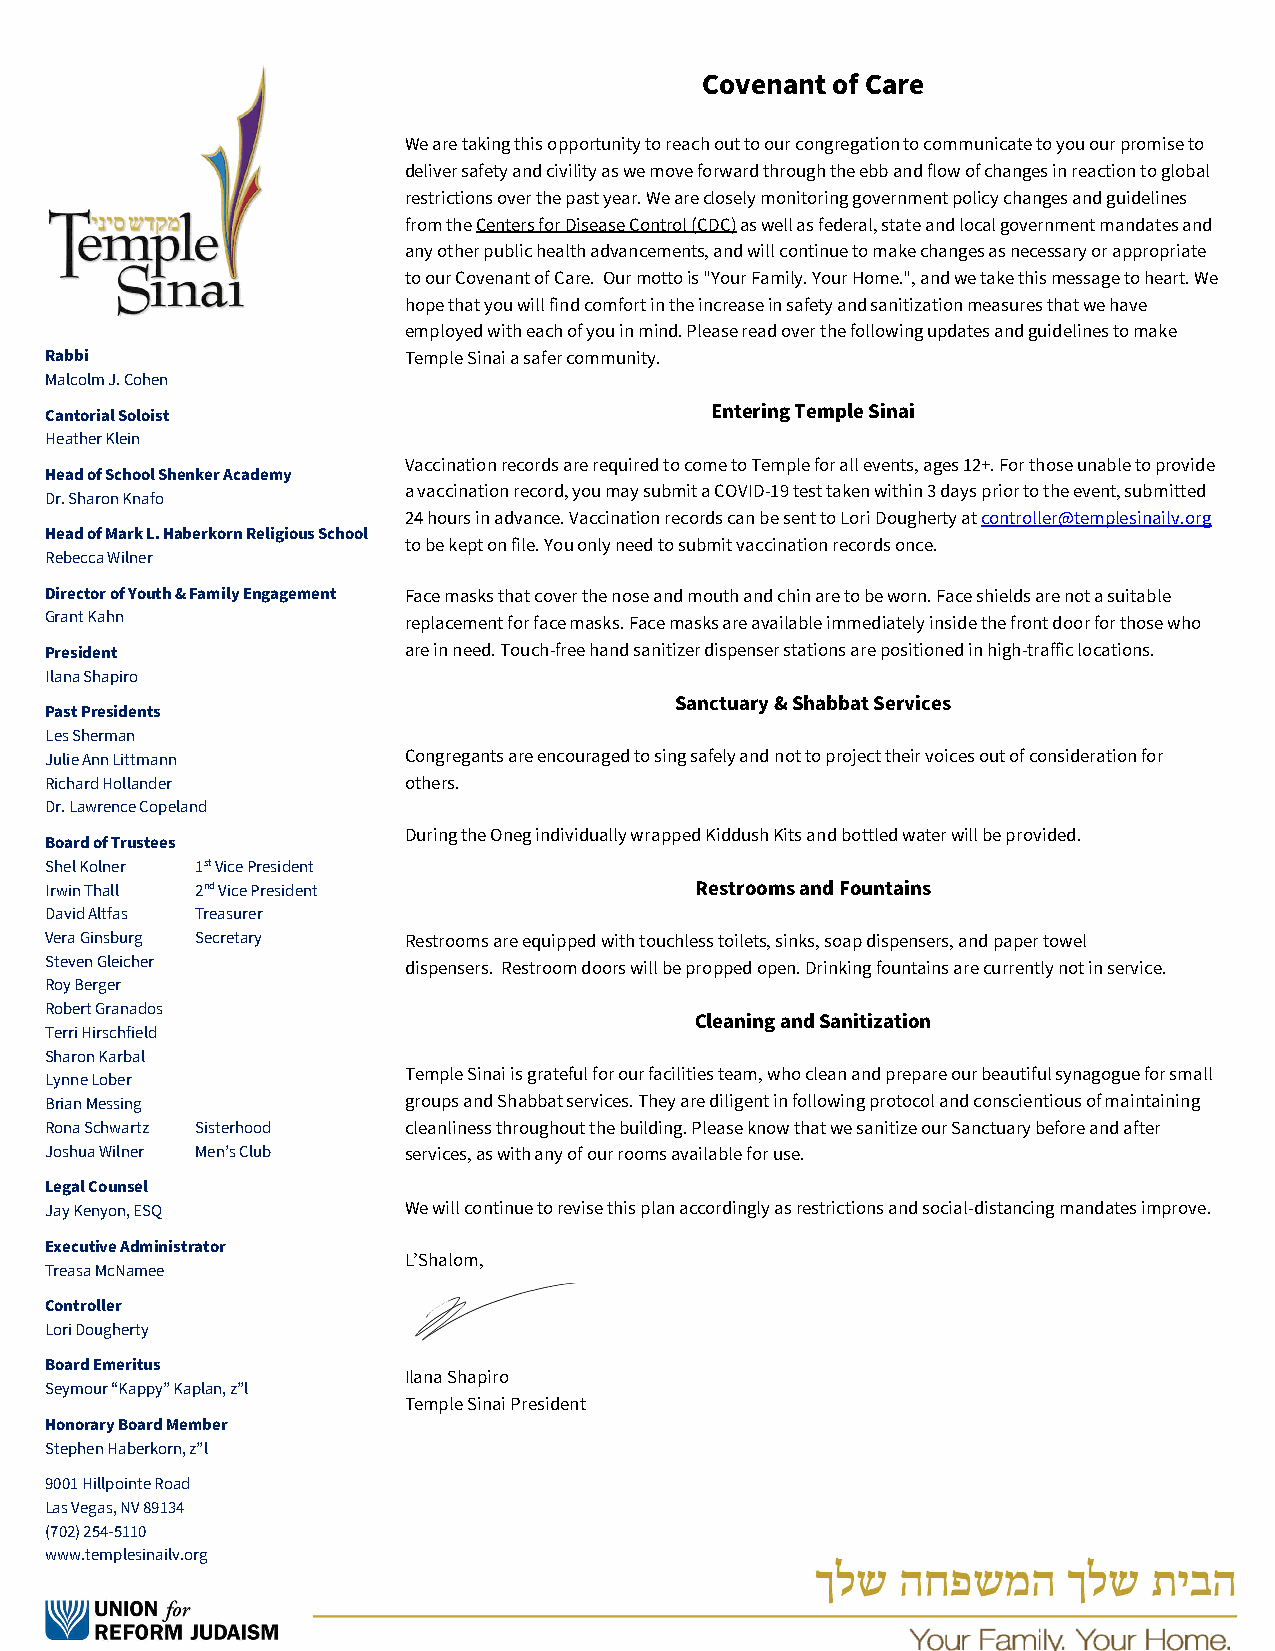
Covenant of Care
 We are taking this opportunity to reach out to our congregation to communicate to you our promise to
 deliver safety and civility as we move forward through the ebb and flow of changes in reaction to global
 restrictions over the past year. We are closely monitoring government policy changes and guidelines
 from the Centers for Disease Control (CDC) as well as federal, state and local government mandates and
 any other public health advancements, and will continue to make changes as necessary or appropriate
 to our Covenant of Care. Our motto is "Your Family. Your Home.", and we take this message to heart. We
 hope that you will find comfort in the increase in safety and sanitization measures that we have
 employed with each of you in mind. Please read over the following updates and guidelines to make
 Rabbi                   Temple Sinai a safer community.
 Malcolm J. Cohen
 Cantorial Soloist                           Entering Temple Sinai
 Heather Klein
 Vaccination records are required to come to Temple for all events, ages 12+. For those unable to provide
 Head of School Shenker Academy
 a vaccination record, you may submit a COVID-19 test taken within 3 days prior to the event, submitted
 Dr. Sharon Knafo
 24 hours in advance. Vaccination records can be sent to Lori Dougherty at controller@templesinailv.org
 Head of Mark L. Haberkorn Religious School
 to be kept on file. You only need to submit vaccination records once.
 Rebecca Wilner
 Director of Youth & Family Engagement Face masks that cover the nose and mouth and chin are to be worn. Face shields are not a suitable
 Grant Kahn              replacement for face masks. Face masks are available immediately inside the front door for those who
 President               are in need. Touch-free hand sanitizer dispenser stations are positioned in high-traffic locations.
 Ilana Shapiro
 Sanctuary & Shabbat Services
 Past Presidents
 Les Sherman
 Julie Ann Littmann      Congregants are encouraged to sing safely and not to project their voices out of consideration for
 Richard Hollander       others.
 Dr. Lawrence Copeland
 During the Oneg individually wrapped Kiddush Kits and bottled water will be provided.
 Board of Trustees
 Shel Kolner 1st Vice President
 Irwin Thall 2nd Vice President             Restrooms and Fountains
 David Altfas Treasurer
 Vera Ginsburg Secretary Restrooms are equipped with touchless toilets, sinks, soap dispensers, and paper towel
 Steven Gleicher         dispensers. Restroom doors will be propped open. Drinking fountains are currently not in service.
 Roy Berger
 Robert Granados
 Cleaning and Sanitization
 Terri Hirschfield
 Sharon Karbal
 Lynne Lober             Temple Sinai is grateful for our facilities team, who clean and prepare our beautiful synagogue for small
 Brian Messing           groups and Shabbat services. They are diligent in following protocol and conscientious of maintaining
 Rona Schwartz Sisterhood cleanliness throughout the building. Please know that we sanitize our Sanctuary before and after
 Joshua Wilner Men’s Club services, as with any of our rooms available for use.
 Legal Counsel
 Jay Kenyon, ESQ         We will continue to revise this plan accordingly as restrictions and social-distancing mandates improve.
 Executive Administrator
 L’Shalom,
 Treasa McNamee
 Controller
 Lori Dougherty
 Board Emeritus
 Ilana Shapiro
 Seymour “Kappy” Kaplan, z”l
 Temple Sinai President
 Honorary Board Member
 Stephen Haberkorn, z”l
 9001 Hillpointe Road
 Las Vegas, NV 89134
 (702) 254-5110
 www.templesinailv.org